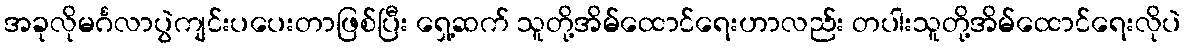
အခုလိုမင်္ဂလာပွဲကျင်းပပေးတာဖြစ်ပြီး ရှေ့ဆက် သူတို့အိမ်ထောင်ရေးဟာလည်း တပါးသူတို့အိမ်ထောင်ရေးလိုပဲ